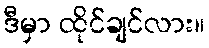
ဒီမှာ ထိုင်ချင်လား။